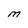
Character: M